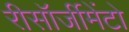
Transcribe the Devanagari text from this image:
रीसॉर्जीमेंटो